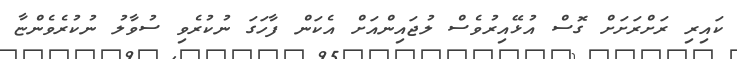
ކައިރި ރަށްރަށަށް ގޮސް އުޅޭއިރުވެސް ލުޖައިންއަށް އެކަން ފާހަގަ ނުކުރެވި ސުވާލު ނުކުރެވެންޏާ